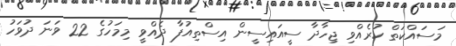
މަސައްކަތް ކުރެއްވި ޖިހާދާ ސީއައިސީން އިސްތިއުފާ ދެއްވީ މިމަހުގެ 22 ވަނަ ދުވަހު